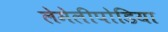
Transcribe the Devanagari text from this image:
लेमेलीपोडिया